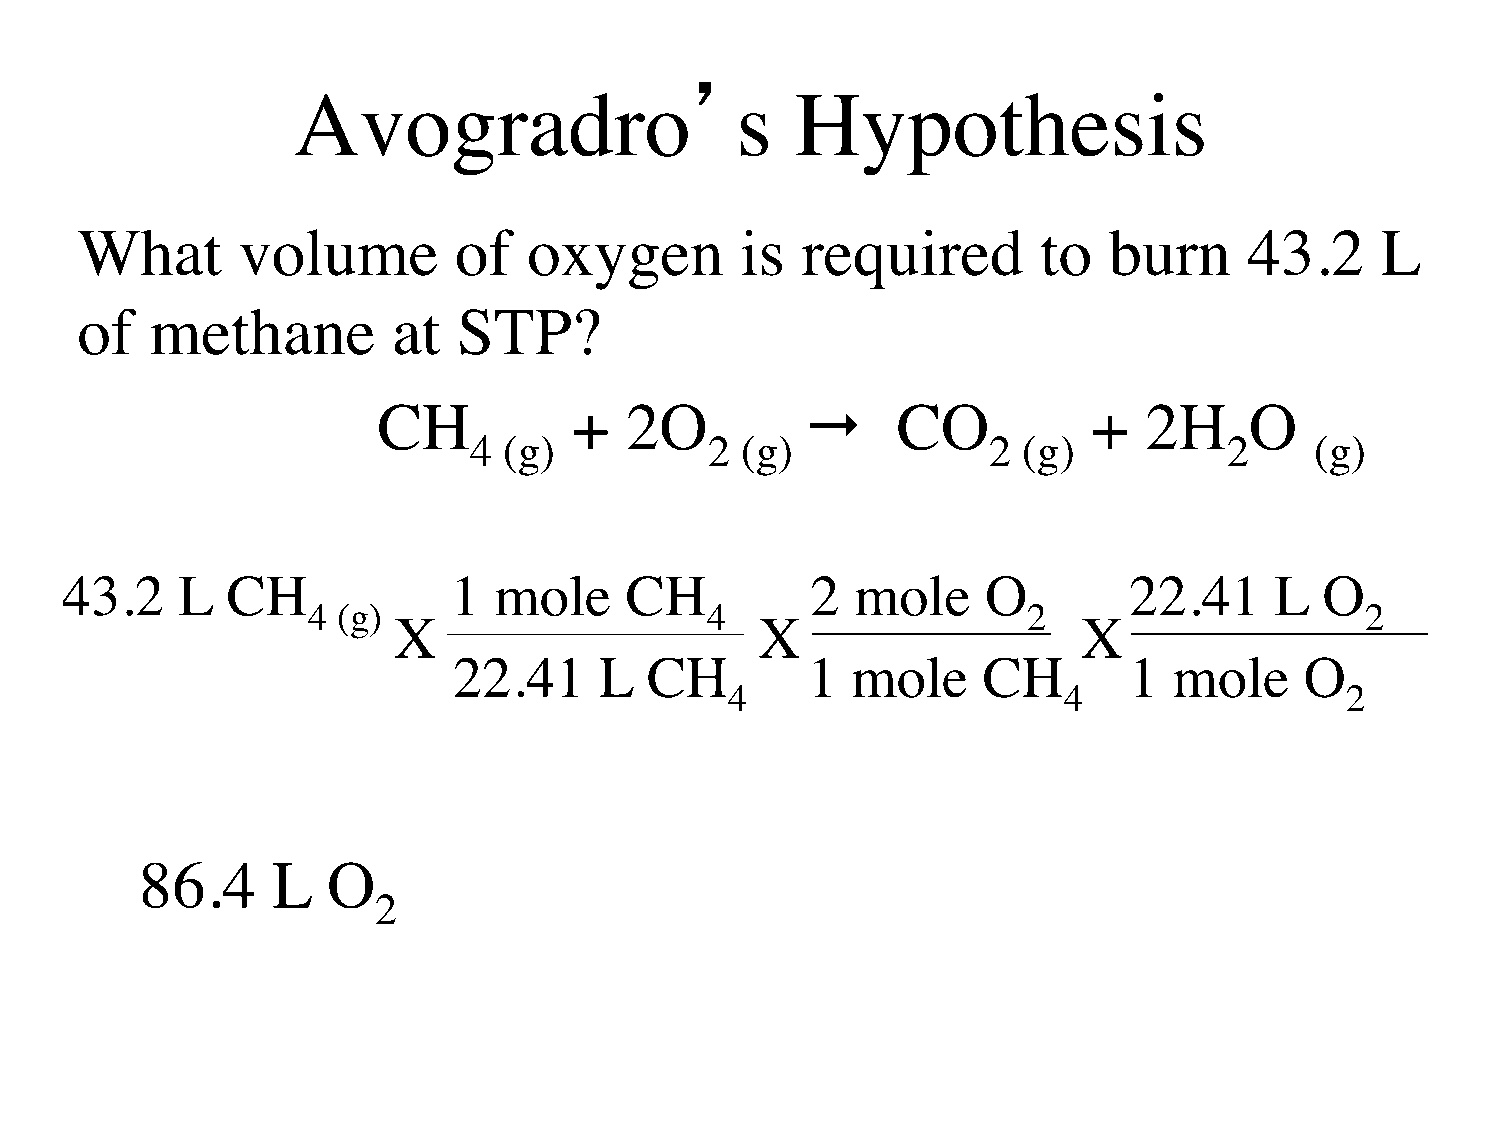
ʼ
 Avogradro                     s   Hypothesis
 What       volume        of   oxygen        is  required        to  burn      43.2    L
 of   methane         at  STP?
 CH           +  2O               CO           +   2H     O
 4 (g)           2 (g)             2  (g)          2     (g)
 43.2    L  CH             1  mole    CH           2  mole    O         22.41    L   O
 4 (g)                      4                    2                     2
 X                       X                     X
 22.41     L  CH        1  mole     CH        1  mole    O
 4                     4                  2
 86.4     L   O
 2